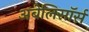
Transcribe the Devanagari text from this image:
अबेलिसॉर्स